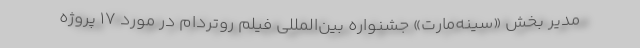
مدیر بخش «سینه‌مارت» جشنواره بين‌‌المللي فیلم روتردام در مورد 17 پروژه